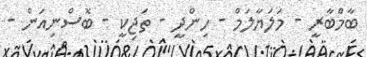
ބާމްބާރީ - މަލަޔާލަމް - ހިންދީ - ތަޖިކީ - ބޮސްނިއަން -